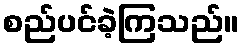
စည်ပင်ခဲ့ကြသည်။